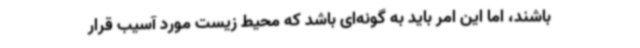
باشند، اما این امر باید به گونه‌ای باشد که محیط زیست مورد آسیب قرار